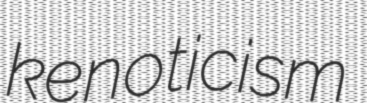
kenoticism